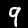
Label: 9